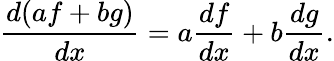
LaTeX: {\frac{d(af+bg)}{dx}}=a{\frac{df}{dx}}+b{\frac{dg}{dx}}.